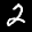
Label: 2